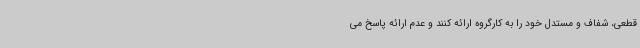
قطعی، شفاف و مستدل خود را به کارگروه ارائه کنند و عدم ارائه پاسخ می